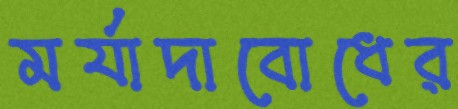
মর্যাদাবোধের